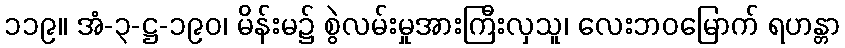
၁၁၉။ အံ-၃-ဋ္ဌ-၁၉၀၊ မိန်းမ၌ စွဲလမ်းမှုအားကြီးလှသူ၊ လေးဘဝမြောက် ရဟန္တာ